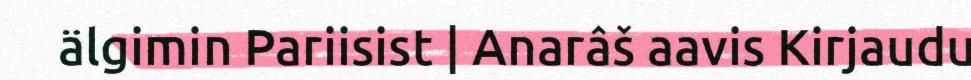
älgimin Pariisist | Anarâš aavis Kirjaudu